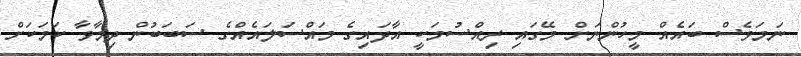
ނަމަވެސް ބައެއް މީހުންނަށް މޭގައި ރިއްސުމަކީ އާދައިގެ މައްސަލައެއްގެ ސަބަބުން ދިމާވާ ކަމަކަށް